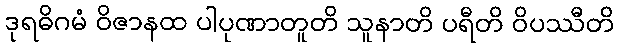
ဒုရဓိဂမံ ဝိဇာနထ ပါပုဏာတူတိ သူနာတိ ပရီတိ ဝိပဿီတိ